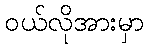
ဝယ်လိုအားမှာ